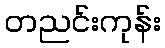
တညင်းကုန်း